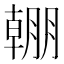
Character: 𣎠